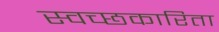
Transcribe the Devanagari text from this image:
स्वच्छकारिता